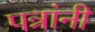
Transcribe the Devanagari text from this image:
पत्रांनी